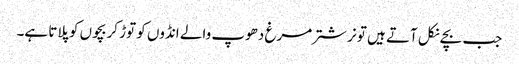
جب بچے نکل آتے ہیں تو نر شتر مرغ دھوپ والے انڈوں کو توڑ کر بچوں کو پلاتا ہے۔